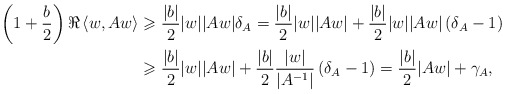
\begin{align*} \left(1+\frac{b}{2}\right)\Re\left\langle w,Aw\right\rangle &\geqslant \frac{|b|}{2}|w||Aw|\delta_A = \frac{|b|}{2}|w||Aw|+\frac{|b|}{2}|w||Aw|\left(\delta_A-1\right) \\ &\geqslant \frac{|b|}{2}|w||Aw|+\frac{|b|}{2}\frac{|w|}{|A^{-1}|}\left(\delta_A-1\right) = \frac{|b|}{2}|Aw|+\gamma_A, \end{align*}